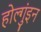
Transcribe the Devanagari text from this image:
होल्गुंइन